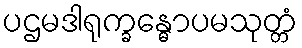
ပဌမဒါရုက္ခန္ဓောပမသုတ္တံ